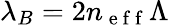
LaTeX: \lambda_{B}=2n_{\mathrm{~e~f~f~}}\Lambda